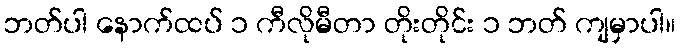
ဘတ်ပါ နောက်ထပ် ၁ ကီလိုမီတာ တိုးတိုင်း ၁ ဘတ် ကျမှာပါ။